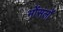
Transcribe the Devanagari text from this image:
भोंसलों